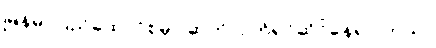
မြန်မာပြည်ထောင်စုမှာ ဆက်လက်ရင်ဆိုင်နေရပါတယ်။